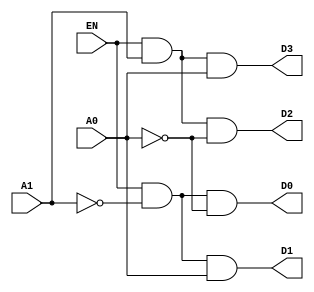

module decoder_2_to_4_dfl(EN, A0, A1, D0, D1, D2, D3);
 input EN, A0, A1;
 output D0, D1, D2, D3;
 assign D0 =(EN & ~A1 & ~A0);
 assign D1 =(EN & ~A1 & A0);
 assign D2 =(EN & A1 & ~A0);
 assign D3 =(EN & A1 & A0);
endmodule